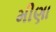
મીણા